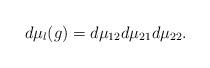
LaTeX: \begin{align*}d\mu_l (g) = d\mu_{12} d\mu_{21} d\mu_{22}.\end{align*}